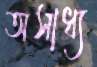
অসাধ্য